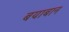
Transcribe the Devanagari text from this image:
बयाबान